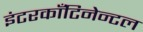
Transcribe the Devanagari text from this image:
इंटरकाँटिनेन्टल